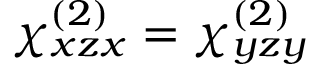
\chi _ { x z x } ^ { ( 2 ) } = \chi _ { y z y } ^ { ( 2 ) }